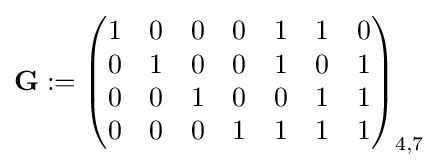
\mathbf {G} :={\begin{pmatrix}1&0&0&0&1&1&0\\0&1&0&0&1&0&1\\0&0&1&0&0&1&1\\0&0&0&1&1&1&1\end{pmatrix}}_{4,7}